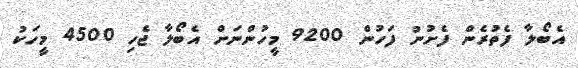
އެބޯލާ ފެތުރެން ފެށުނު ފަހުން 9200 މީހުންނަށް އެބޯލާ ޖެހި 4500 މީހަކު